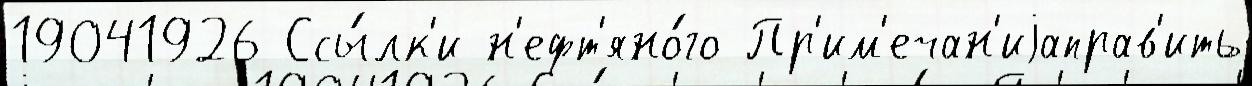
19041926 Ссы́лк'и н'ефт'яно́го Пр'им'ечан'иjаправ'ить